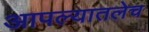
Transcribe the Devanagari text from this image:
आपल्यातलेच